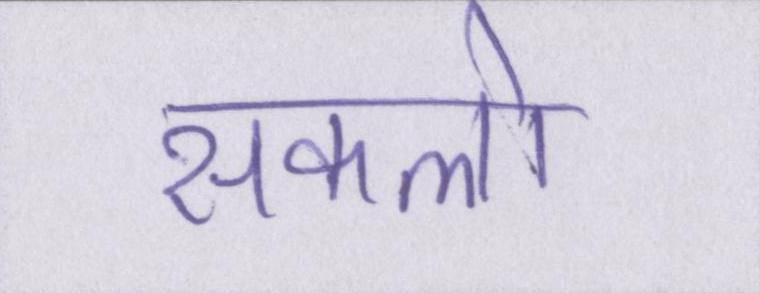
सकलो